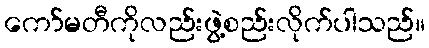
ကော်မတီကိုလည်းဖွဲ့စည်းလိုက်ပါသည်။